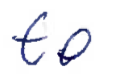
Text: to
Cross-out: clean
Writing tool: ballpoint